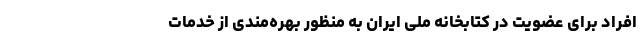
افراد برای عضویت در کتابخانه ملی ایران به منظور بهره‌مندی از خدمات